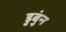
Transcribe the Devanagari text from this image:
डुबुंन